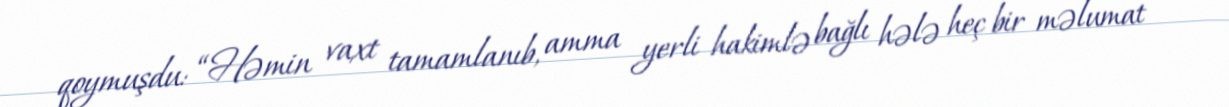
qoymuşdu: “Həmin vaxt tamamlanıb, amma yerli hakimlə bağlı hələ heç bir məlumat